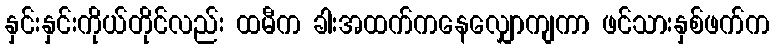
နှင်းနှင်းကိုယ်တိုင်လည်း ထမီက ခါးအထက်ကနေလျှောကျကာ ဖင်သားနှစ်ဖက်က